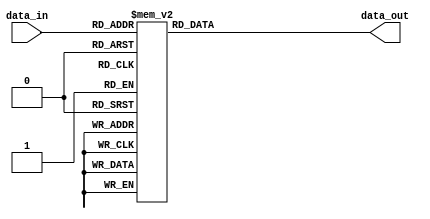
module priority_encoder(
    input [3:0] data_in,
    output reg [2:0] data_out
);

always @*
begin
    case(data_in)
        4'b0000: data_out = 3'b000; // 0
        4'b0001: data_out = 3'b000; // 1
        4'b0010: data_out = 3'b001; // 2
        4'b0011: data_out = 3'b010; // 3
        4'b0100: data_out = 3'b011; // 4
        4'b0101: data_out = 3'b011; // 5
        4'b0110: data_out = 3'b011; // 6
        4'b0111: data_out = 3'b011; // 7
        4'b1000: data_out = 3'b100; // 8
        4'b1001: data_out = 3'b101; // 9
        default: data_out = 3'b000;
    endcase
end

endmodule